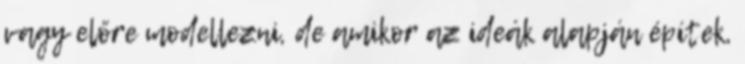
vagy előre modellezni, de amikor az ideák alapján építek,